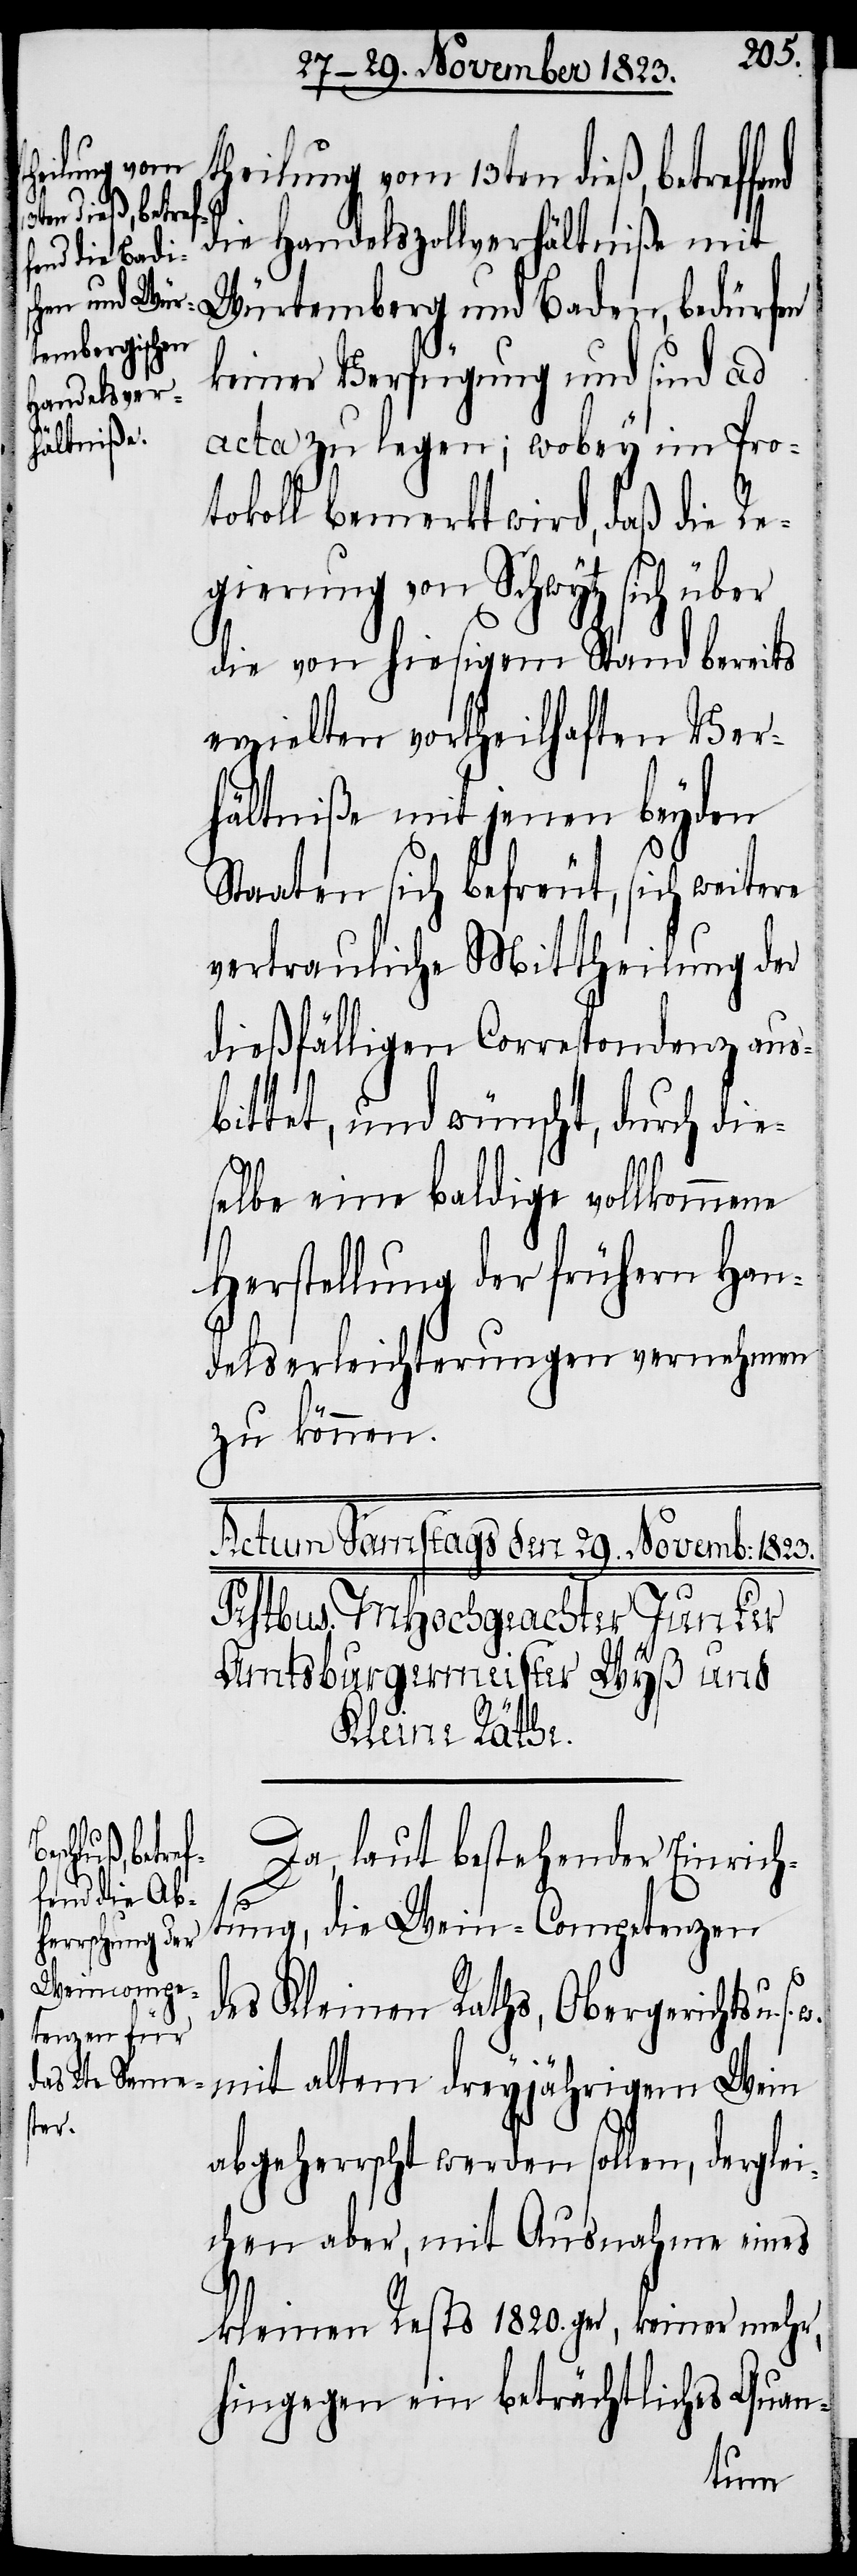
heilung vom
en dieß, betref¬

13t¬
die Handelszollverhältniße mit
Würtemberg und Baden, bedürfen
keiner Verfügung und sind ad
acta zu legen; wobey im Pro¬
tokoll bemerkt wird, daß die Re¬
gierung von Schwytz sich über
die von hiesigem Stand bereits
erzielten vortheilhaften Ver¬
hältniße mit jenen beyden
Staaten sich befreut, sich weitere
vertrauliche Mittheilung der
dießfälligen Correspondenz aus¬
bittet, und wünscht, durch die¬
selbe eine baldige vollkommene
Herstellung der frühern Han¬
delserleichterungen vernehmen
zu können.
Da, laut bestehender Einrich¬
tung, die Wein-Competenzen
des Kleinen Raths, Obergerichts u.
mit altem dreyjährigem Wein
abgeherrscht werden sollen, derglei¬
chen aber, mit Ausnahme eines
kleinen Rests 1820.ger, keiner mehr,
hingegen ein beträchtliches Quan-
fend